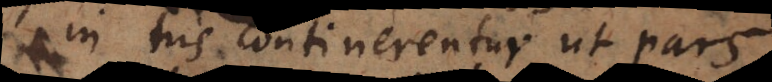
his continerentur ut pars